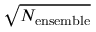
\sqrt { N _ { \mathrm { e n s e m b l e } } }